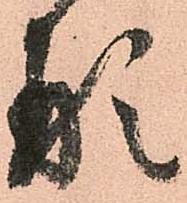
形